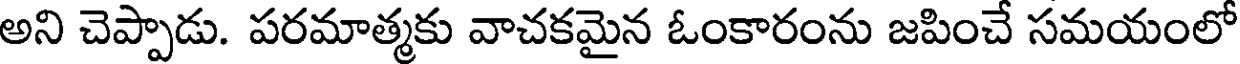
అని చెప్పాడు. పరమాత్మకు వాచకమైన ఓంకారంను జపించే సమయంలో